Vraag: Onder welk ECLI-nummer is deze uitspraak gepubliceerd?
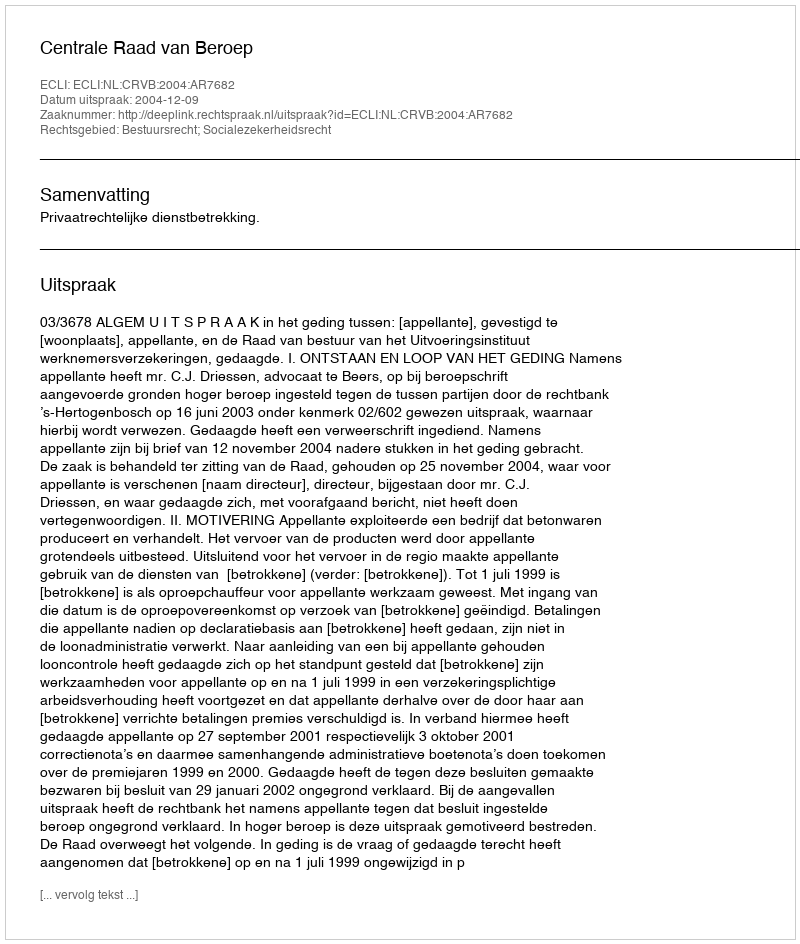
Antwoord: ECLI:NL:CRVB:2004:AR7682